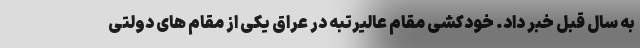
به سال قبل خبر داد. خودکشی مقام عالیرتبه در عراق یکی از مقام های دولتی